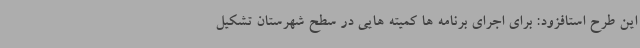
این طرح استافزود: برای اجرای برنامه ها کمیته هایی در سطح شهرستان تشکیل